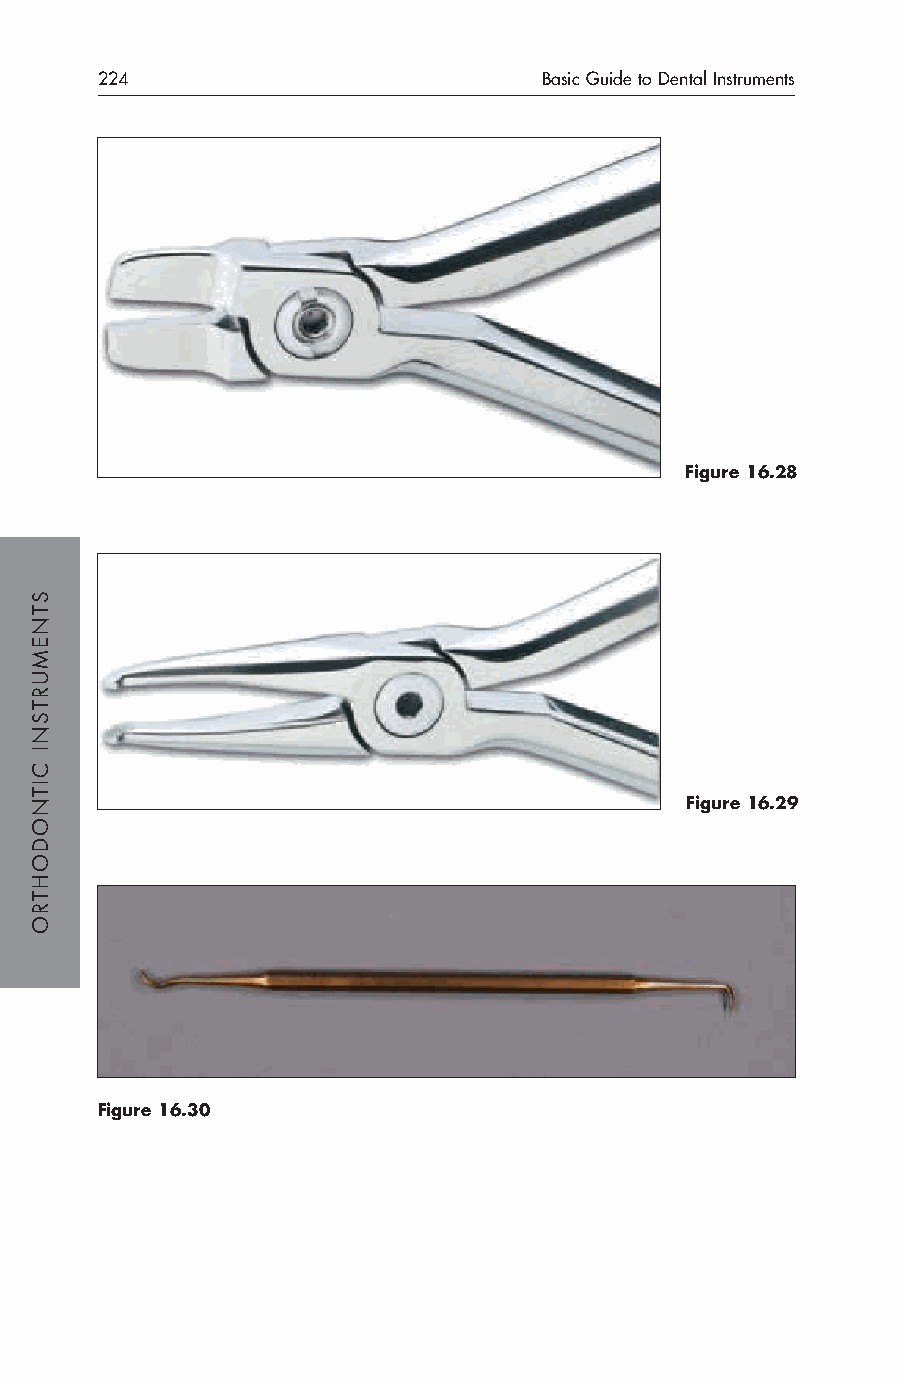
224                           Basic Guide to Dental Instruments
 Figure 16.28
 Figure 16.29
 Figure 16.30
 STNEMURTSNI
 CITNODOHTRO